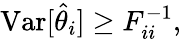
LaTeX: \begin{array}{r}{\mathrm{Var}[\hat{\theta}_{i}]\geq F_{ii}^{-1},}\end{array}